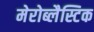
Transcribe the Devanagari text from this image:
मेरोब्लैस्टिक